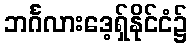
ဘင်္ဂလားဒေ့ရှ်နိုင်ငံ၌